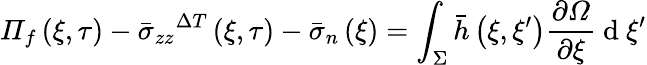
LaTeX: \mathit{\Pi}_{f}\left(\xi,\tau\right)-{\bar{\sigma}_{zz}}^{\Delta T}\left(\xi,\tau\right)-\bar{\sigma}_{n}\left(\xi\right)=\int_{\Sigma}\bar{h}\left(\xi,\xi^{\prime}\right)\frac{\partial\mathit{\Omega}}{\partial\xi}\mathrm{~d~}\xi^{\prime}